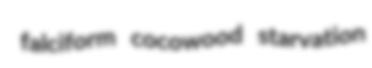
falciform cocowood starvation